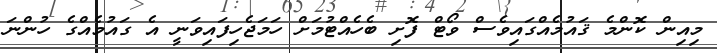
މިއިން ކޮންމެ ޤައުމެއްގައިވެސް ވޯޓް ފޮށި ބެހެެއްޓުމަށް ހަމަޖެހިފައިވަނީ އެ ގައުމެއްގެ ހުންނަ